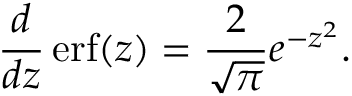
{ \frac { d } { d z } } \operatorname { e r f } ( z ) = { \frac { 2 } { \sqrt { \pi } } } e ^ { - z ^ { 2 } } .